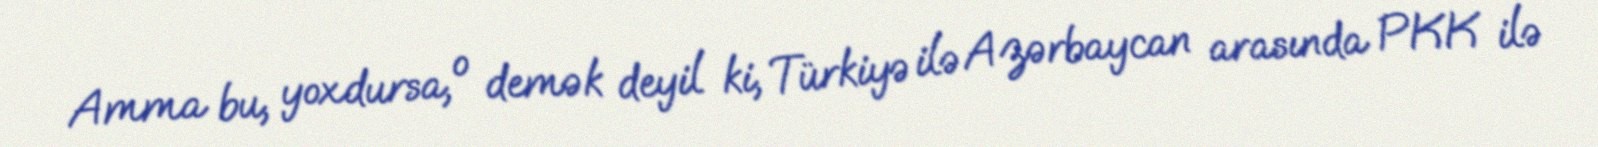
Amma bu, yoxdursa, o demək deyil ki, Türkiyə ilə Azərbaycan arasında PKK ilə